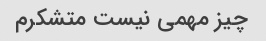
چیز مهمی نیست متشکرم